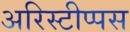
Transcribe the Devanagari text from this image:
अरिस्टीप्पस